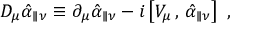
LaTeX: D _ { \mu } \hat { \alpha } _ { \parallel \nu } \equiv \partial _ { \mu } \hat { \alpha } _ { \parallel \nu } - i \left[ V _ { \mu } \, , \, \hat { \alpha } _ { \parallel \nu } \right] \ ,